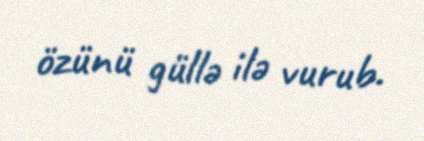
özünü güllə ilə vurub.